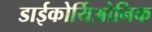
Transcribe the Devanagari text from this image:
डाईकोर्यिओनिक